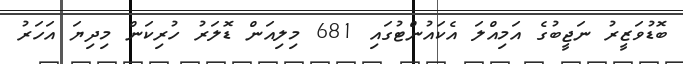
ބޮޑުވަޒީރު ނަޖީބުގެ އަމިއްލަ އެކައުންޓުގައި 681 މިލިއަން ޑޮލަރު ހުރިކަން މިދިޔަ އަހަރު